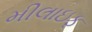
મીલાઇફ